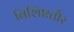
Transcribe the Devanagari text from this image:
विशिष्टतौर